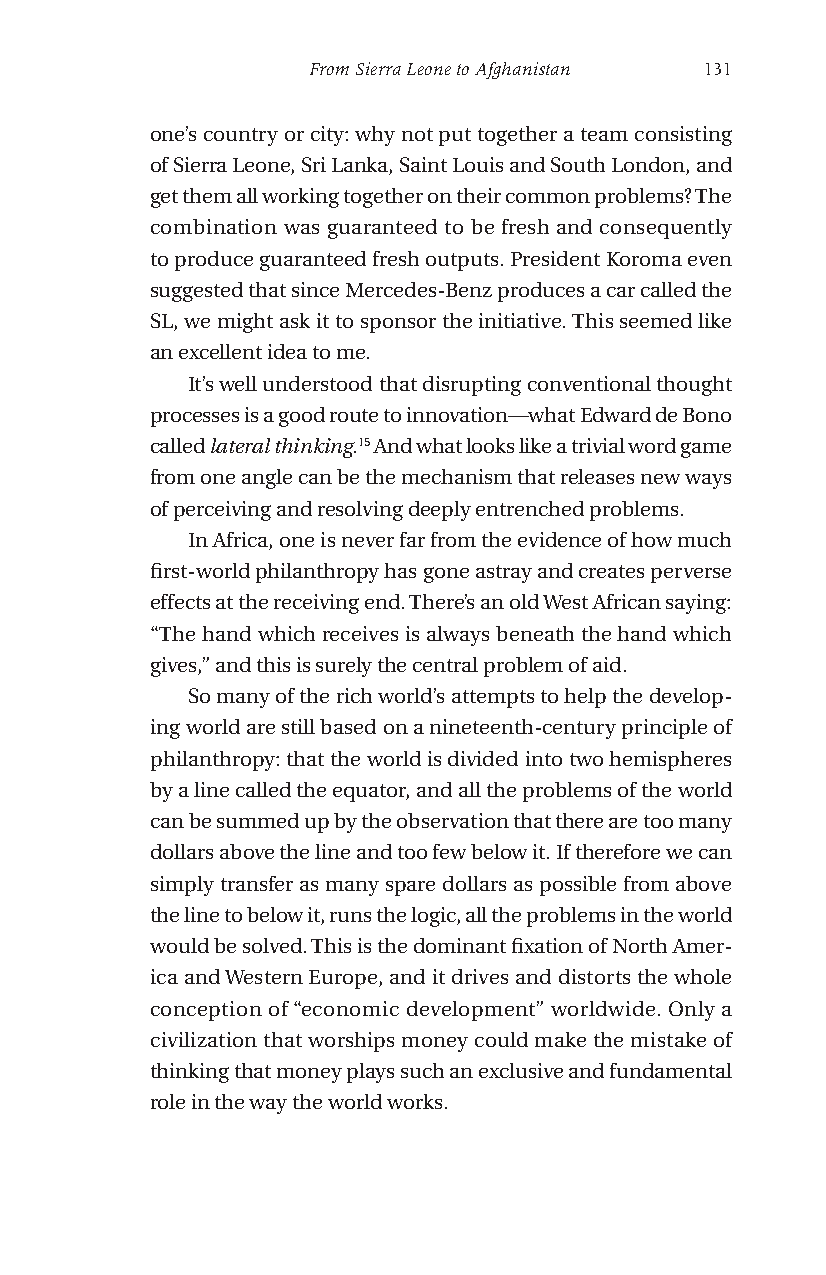
From Sierra Leone to Afghanistan 131
 one’s country or city: why not put together a team consisting
 of Sierra Leone, Sri Lanka, Saint Louis and South London, and
 get them all working together on their common problems? The
 combination was guaranteed to be fresh and consequently
 to produce guaranteed fresh outputs. President Koroma even
 suggested that since Mercedes-Benz produces a car called the
 SL, we might ask it to sponsor the initiative. This seemed like
 an excellent idea to me.
 It’s well understood that disrupting conventional thought
 processes is a good route to innovation—what Edward de Bono
 called lateral thinking.15 And what looks like a trivial word game
 from one angle can be the mechanism that releases new ways
 of perceiving and resolving deeply entrenched problems.
 In Africa, one is never far from the evidence of how much
 first-world philanthropy has gone astray and creates perverse
 effects at the receiving end. There’s an old West African saying:
 “The hand which receives is always beneath the hand which
 gives,” and this is surely the central problem of aid.
 So many of the rich world’s attempts to help the develop-
 ing world are still based on a nineteenth-century principle of
 philanthropy: that the world is divided into two hemispheres
 by a line called the equator, and all the problems of the world
 can be summed up by the observation that there are too many
 dollars above the line and too few below it. If therefore we can
 simply transfer as many spare dollars as possible from above
 the line to below it, runs the logic, all the problems in the world
 would be solved. This is the dominant fixation of North Amer-
 ica and Western Europe, and it drives and distorts the whole
 conception of “economic development” worldwide. Only a
 civilization that worships money could make the mistake of
 thinking that money plays such an exclusive and fundamental
 role in the way the world works.